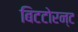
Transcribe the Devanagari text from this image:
बिटटोरन्ट